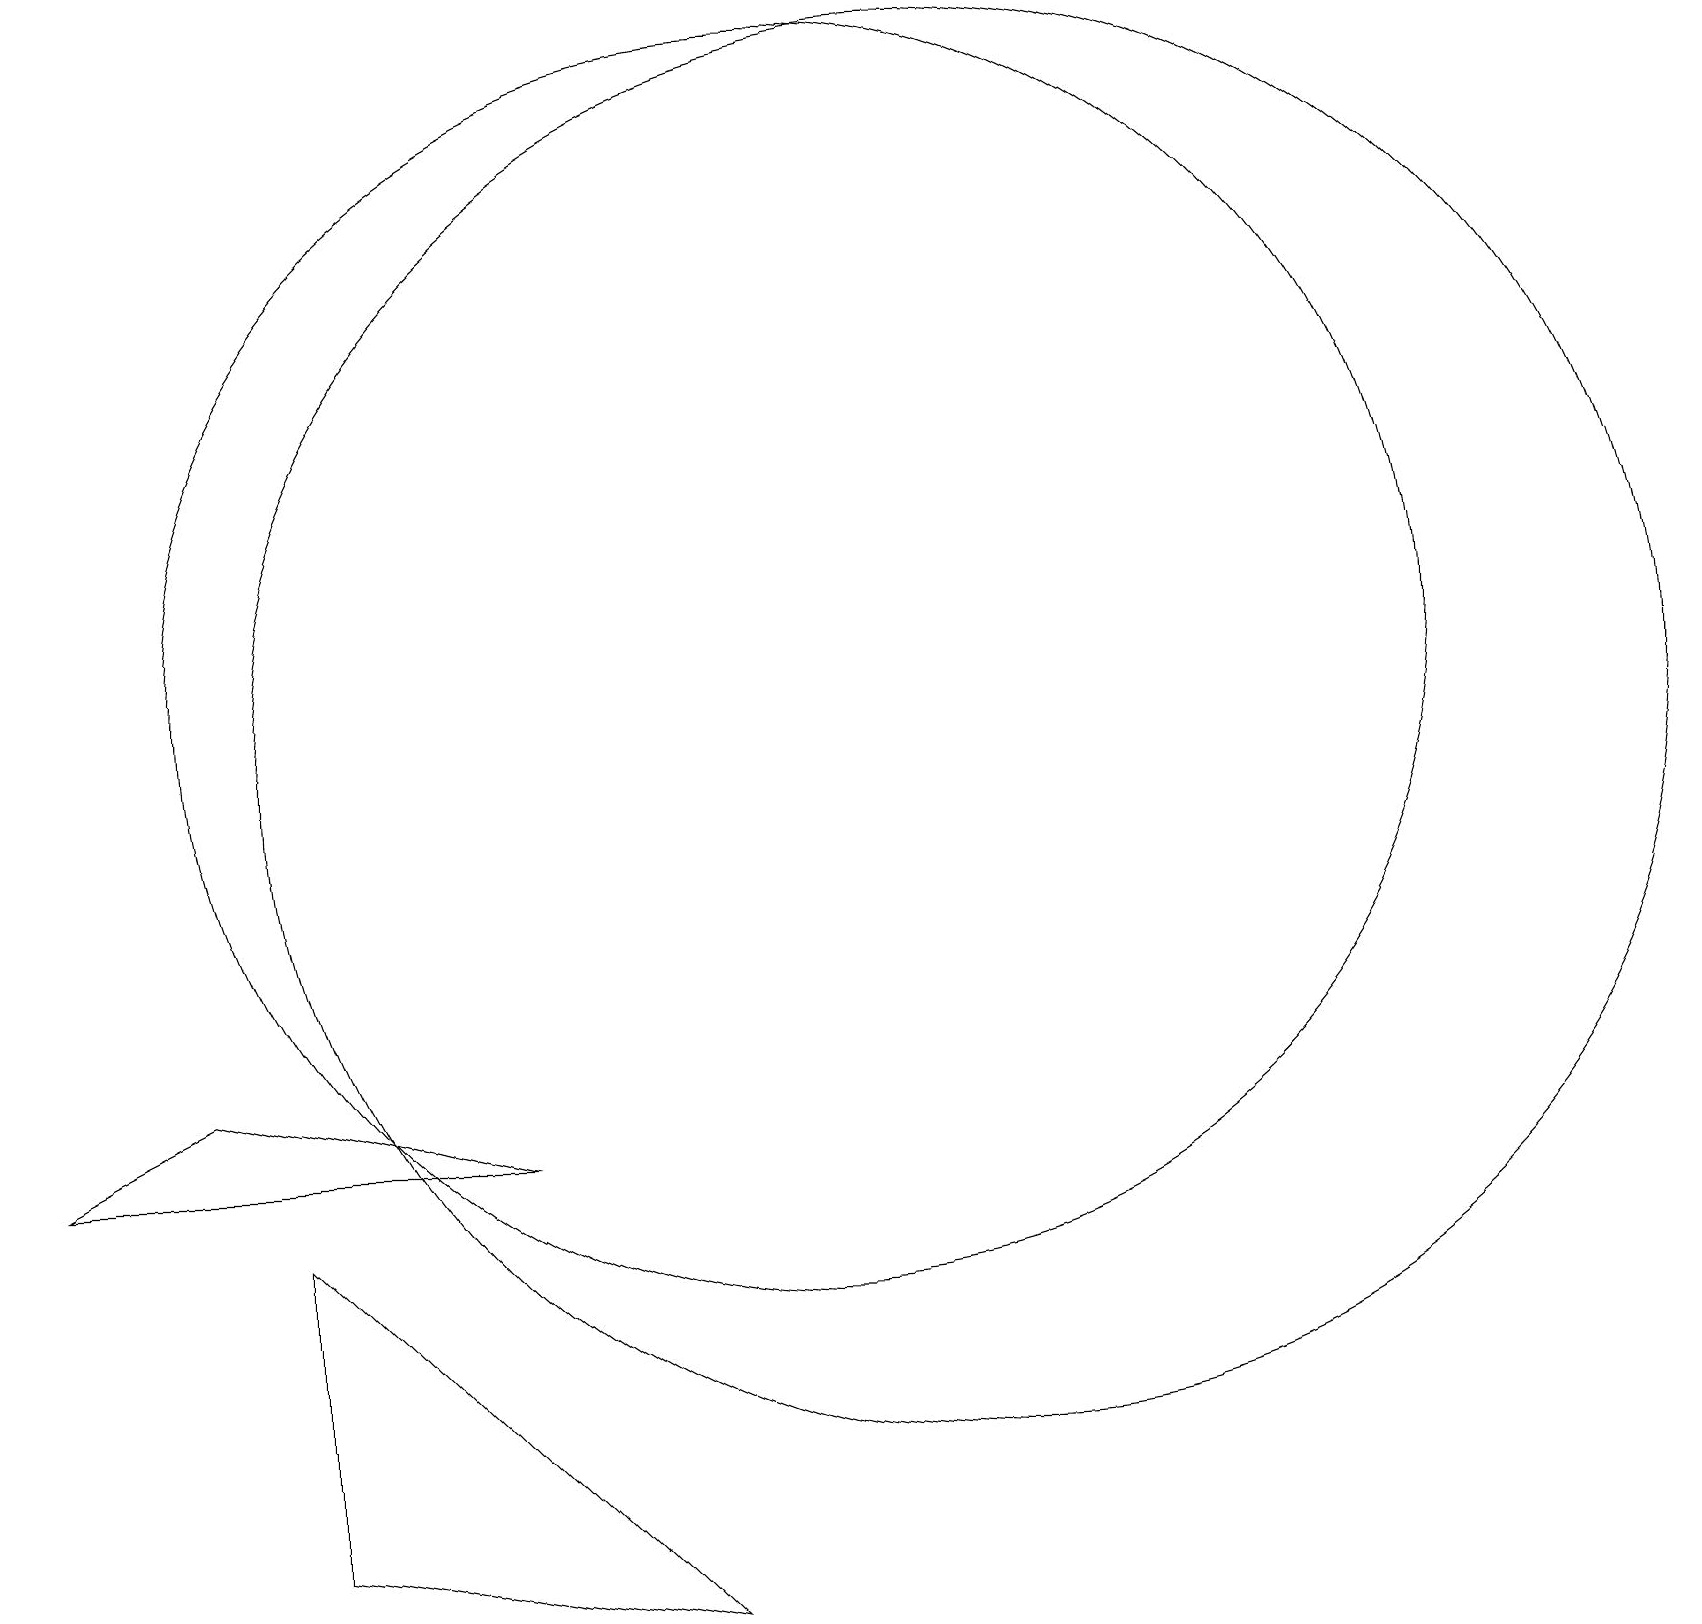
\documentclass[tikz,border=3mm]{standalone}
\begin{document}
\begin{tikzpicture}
\draw (3,5) -- (3,1) -- (8,0) -- cycle;
\draw (10,12) circle (8);
\draw (12,11) circle (9);
\draw (6,6) -- (0,6) -- (2,7) -- cycle;
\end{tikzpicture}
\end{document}